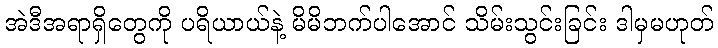
အဲဒီအရာရှိတွေကို ပရိယာယ်နဲ့ မိမိဘက်ပါအောင် သိမ်းသွင်းခြင်း ဒါမှမဟုတ်